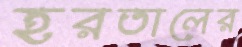
হরতালের